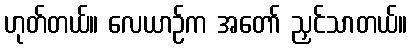
ဟုတ်တယ်။ လေယာဉ်က အတော် ညှင်သာတယ်။